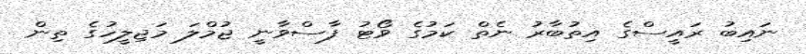
ނައިބު ރައީސްގެ އިތުބާރު ނެތް ކަމުގެ ވޯޓު ފާސްވާނީ ޖުމްލަ މަޖިލީހުގެ ތިން